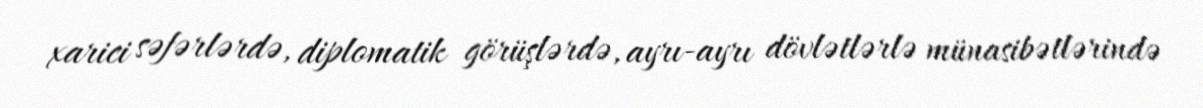
xarici səfərlərdə, diplomatik görüşlərdə, ayrı-ayrı dövlətlərlə münasibətlərində